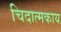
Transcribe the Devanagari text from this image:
चिदात्मकाय